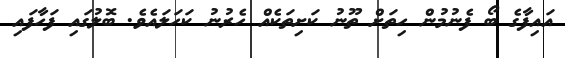
އައިފާގެ ބޯ ފެނުމުން ހިތަށް ތޫނު ކަށިތަކެއް ހެރުނު ކަހަލައެވެ. ބޮލުގައި ފަހާފައި